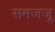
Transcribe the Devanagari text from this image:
समजजू